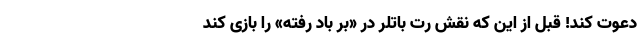
دعوت کند! قبل از این‌ که نقش رت باتلر در «بر باد رفته» را بازی کند